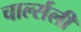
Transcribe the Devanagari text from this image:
चार्ल्सली